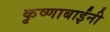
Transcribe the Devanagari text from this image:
कृष्णाबाईंनी